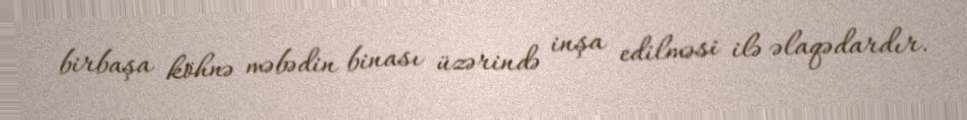
birbaşa köhnə məbədin binası üzərində inşa edilməsi ilə əlaqədardır.